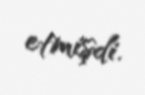
etmişdi.